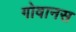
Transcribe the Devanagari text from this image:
गोवानस